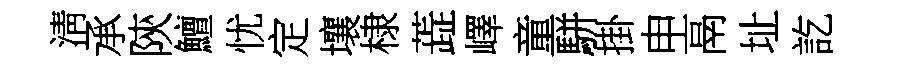
淸承陝鱣忧定壤棣蕋嶧童駢掛申鬲址訖